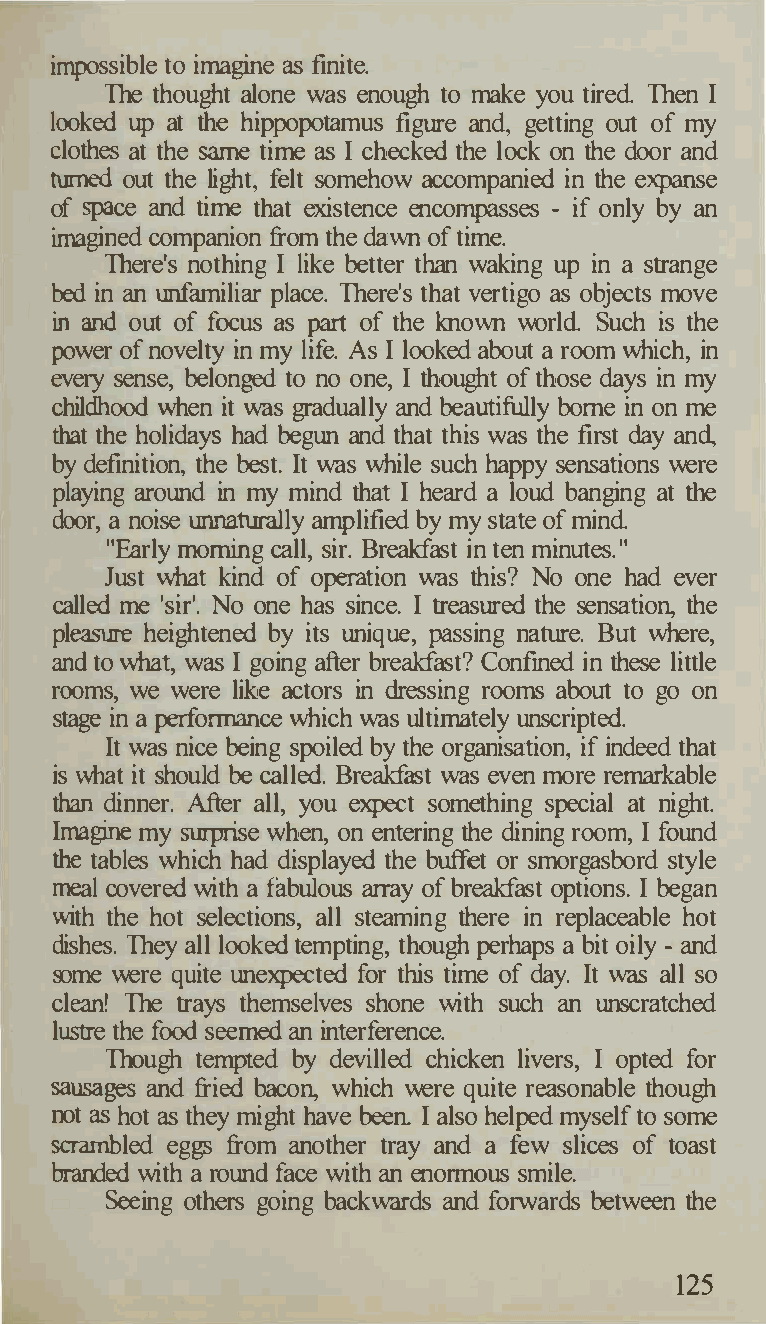
impossible to imagine as finite.
 The thought alone was enough to make you tired. Then I
 looked up at the hippopotamus figure and, getting out of my
 clothes at the same time as I checked the lock on the door and
 turned out the light, felt somehow accompanied in the expanse
 of space and time that existence encompasses - if only by an
 imagined companion from the dawn of time.
 There's nothing I like better than waking up in a strange
 bed in an unfamiliar place. There's that vertigo as objects move
 in and out of focus as part of the known world Such is the
 power of novelty in my life. As I looked about a room which, in
 every sense, belonged to no one, I thought of those days in my
 childhood when it was gradually and beautifully borne in on me
 that the holidays had begun and that this was the first day and,
 by definition, the best. It was while such happy sensations were
 playing around in my mind that I heard a loud banging at the
 door, a noise unnaturally amplified by my state of mind.
 "E.arly morning call, sir. Breakfast in ten minutes."
 Just what kind of operation was this? No one had ever
 called me 'sir'. No one has since. I treasured the sensation, the
 pleasure heightened by its unique, passing nature. But where,
 and to what, was I going after breakfast? Confined in these little
 rooms, we were like actors in dressing rooms about to go on
 stage in a performance which was ultimately unscripted.
 It was nice being spoiled by the organisation, if indeed that
 is what it should be called. Breakfast was even more remarkable
 than dinner. After all, you expect something special at night.
 Imagine my surprise when, on entering the dining room, I found
 the tables which had displayed the buffet or smorgasbord style
 meal covered with a fabulous array of breakfast options. I began
 with the hot selections, all steaming there in replaceable hot
 dishes. They all looked tempting, though perhaps a bit oily - and
 some were quite unexpected for this time of day. It was all so
 clean! The trays themselves shone with such an unscratched
 lustre the food seemed an interference.
 Though tempted by devilled chicken livers, I opted for
 sausages and fried bacon, which were quite reasonable though
 not as hot as they might have been I also helped myself to some
 scrambled eggs from another tray and a few slices of toast
 branded with a round face with an enormous smile.
 Seeing others going backwards and forwards between the
 125